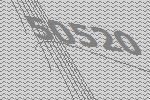
50520